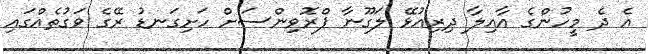
އެ ދެ މީހުންގެ އާއިލާ ދިރިއުޅޭ ލަގޫނާ ޕްރޮވިންސަށް ހަށިގަނޑު ރޭގެ ވަގުތެއްގައި